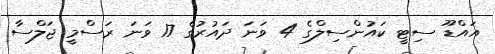
އައްޑޫ ސިޓީ ކައުންސިލްގެ 4 ވަނަ ދައުރުގެ 17 ވަނަ ރަސްމީ ޖަލްސާ